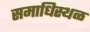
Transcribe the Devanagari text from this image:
समाधिस्‍थळ